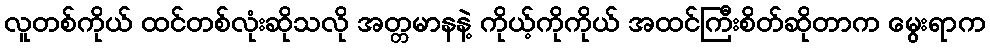
လူတစ်ကိုယ် ထင်တစ်လုံးဆိုသလို အတ္တမာနနဲ့ ကိုယ့်ကိုကိုယ် အထင်ကြီးစိတ်ဆိုတာက မွေးရာက